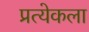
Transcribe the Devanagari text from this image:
प्रत्येकला